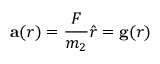
\mathbf { a } ( r ) = { \frac { F } { m _ { 2 } } } { \hat { r } } = \mathbf { g } ( r )